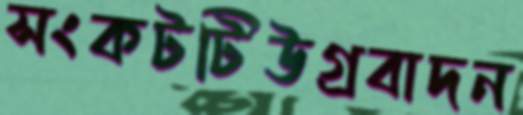
সংকটটিউগ্রবাদন